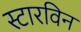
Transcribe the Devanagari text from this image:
स्टारविन